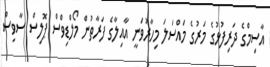
އާސިމްގެ ދަރިފުޅުގެ މަރުގެ މައްސަލަ މިހާރުވަނީ އާއިލާގެ ފަރާތުން މޯލްޑިވްސް ޕޮލިސް ސާވިސް